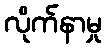
လိုက်နာမှု